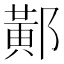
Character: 𨝴